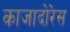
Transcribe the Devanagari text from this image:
काजादोरेस